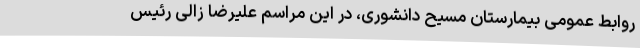
روابط عمومی بیمارستان مسیح ‌دانشوری، در این مراسم علیرضا زالی رئیس